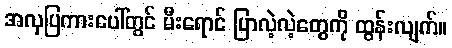
အလှပြကားပေါ်တွင် မီးရောင် ပြာလဲ့လဲ့တွေကို ထွန်းလျက်။